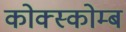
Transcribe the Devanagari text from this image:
कोक्स्कोम्ब